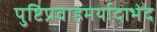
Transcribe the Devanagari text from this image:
पुष्टिप्रवाहमर्यादाभेद